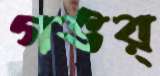
গভর্